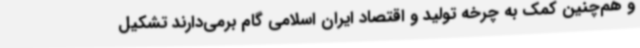
و هم‌چنین کمک به چرخه تولید و اقتصاد ایران اسلامی گام برمی‌دارند تشکیل